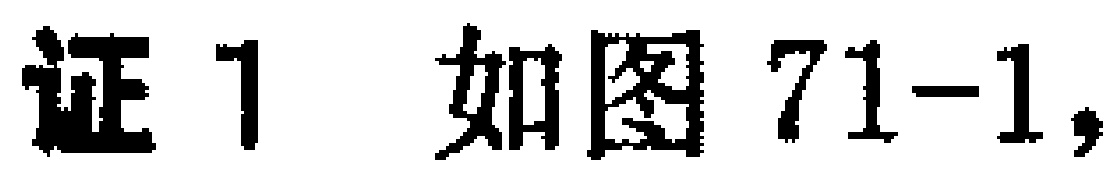
证1 如图71-1，